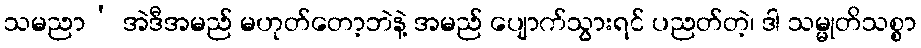
သမညာ’ အဲဒီအမည် မဟုတ်တော့ဘဲနဲ့ အမည် ပျောက်သွားရင် ပညတ်တဲ့၊ ဒါ သမ္မုတိသစ္စာ